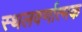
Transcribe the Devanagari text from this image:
स्थलवर्णात्मक